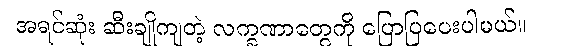
အရင်ဆုံး ဆီးချိုကျတဲ့ လက္ခဏာတွေကို ပြောပြပေးပါမယ်။